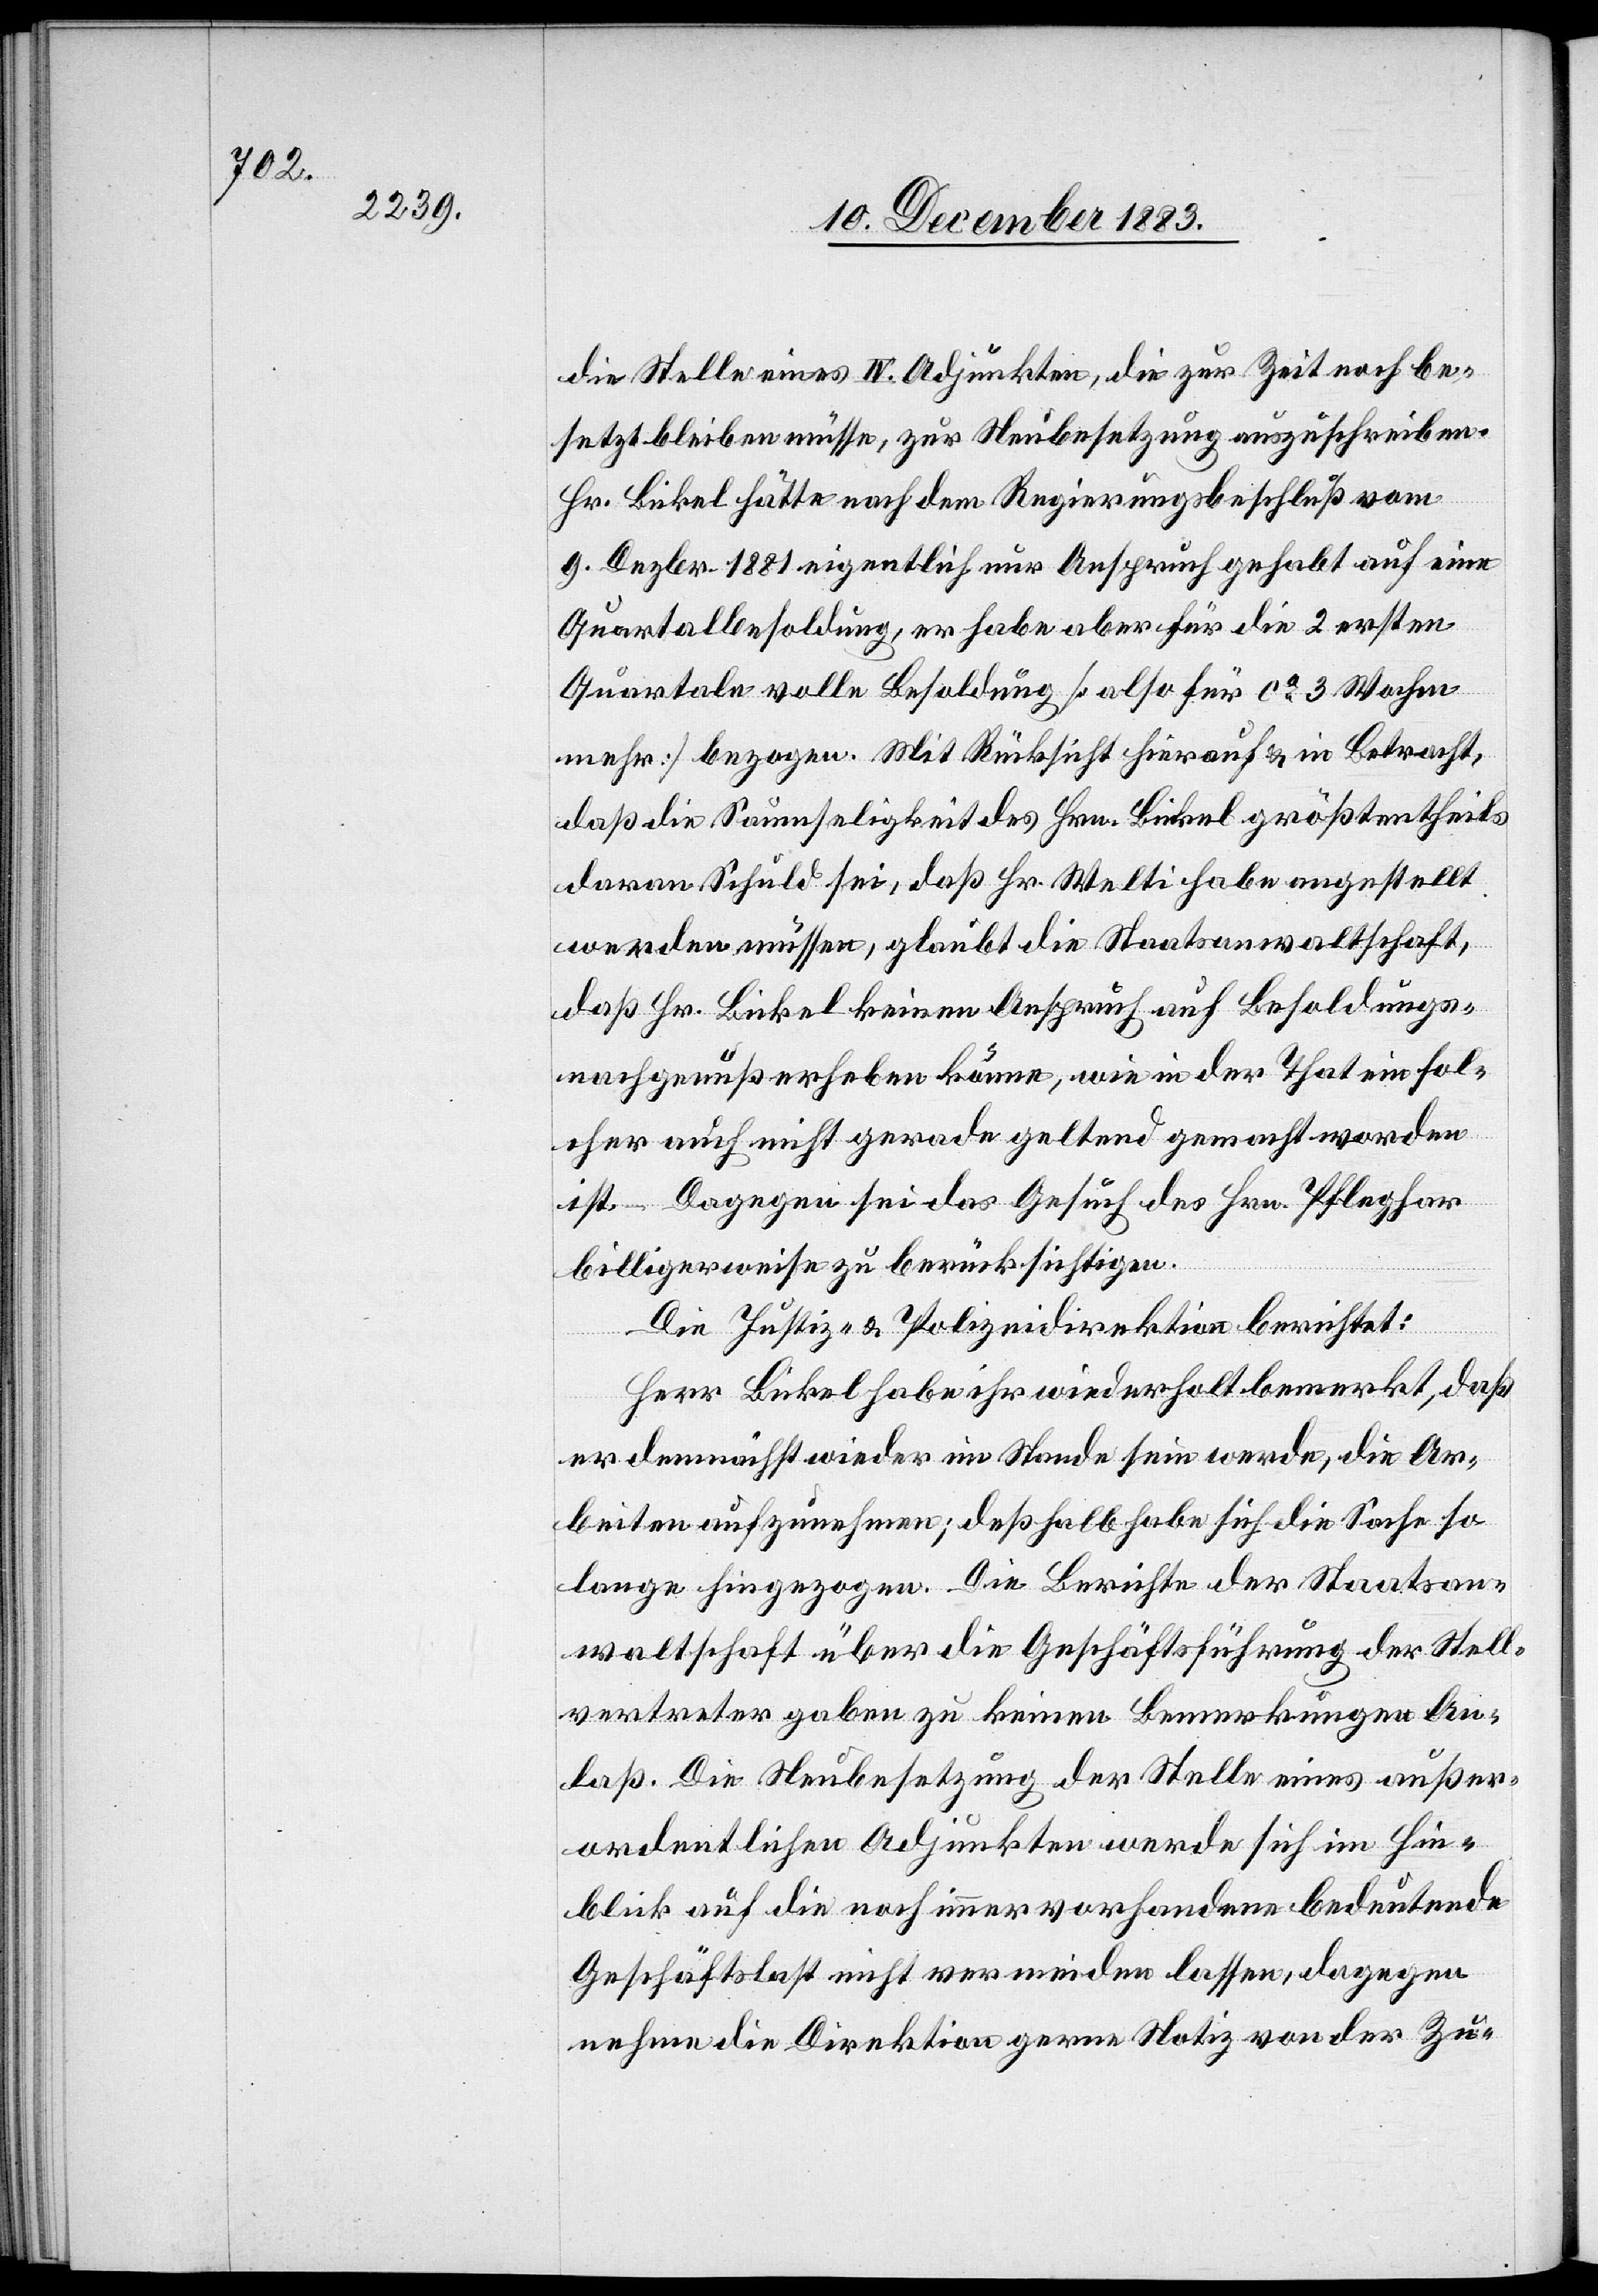
die Stelle eines IV. Adjunkten, die zur Zeit noch be¬
setzt bleiben müsse, zur Neubesetzung auszuschreiben.
Hr. Bickel hätte nach dem Regierungsbeschluß vom
9. Dezbr. 1881 eigentlich nur Anspruch gehabt auf eine
Quartalbesoldung, er habe aber für die 2 ersten
Quartale volle Besoldung [also für ca 3 Wochen
mehr] bezogen. Mit Rücksicht hierauf & in Betracht,
daß die Saumseligkeit des Hrn. Bickel größtentheils
daran Schuld sei, daß Hr. Welti habe angestellt
werden müssen, glaubt die Staatsanwaltschaft,
daß Hr. Bickel keinen Anspruch auf Besoldungs¬
nachgenuß erheben könne, wie in der That ein sol¬
cher auch nicht gerade geltend gemacht worden
ist. – Dagegen sei das Gesuch des Hrn. Pfleghar
billigerweise zu berücksichtigen.
Die Justiz- & Polizeidirektion berichtet:
Herr Bickel habe ihr wiederholt bemerkt, daß
er demnächst wieder im Stande sein werde, die Ar¬
beiten aufzunehmen; deßhalb habe sich die Sache so
lange hingezogen. Die Berichte der Staatsan¬
waltschaft über die Geschäftsführung der Stell¬
vertreter gaben zu keinen Bemerkungen An¬
laß. Die Neubesetzung der Stelle eines außer¬
ordentlichen Adjunkten werde sich im Hin¬
blick auf die noch immer vorhandene bedeutende
Geschäftslast nicht vermeiden lassen, dagegen
nehme die Direktion gerne Notiz von der Zu-